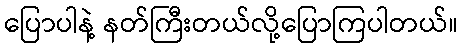
ပြောပါနဲ့ နတ်ကြီးတယ်လို့ပြောကြပါတယ်။